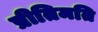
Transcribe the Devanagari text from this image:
प्रीतिमति